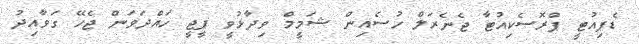
ޑެޕިއުޓީ ޕްރޮސެކިއުޓާ ޖެނެރަލް ހުސެއިން ޝަމީމް ވިދާޅުވީ ޕީޖީ ހައްދަވަން ޖެހޭ ގަވާއިދު